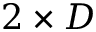
2 \times D